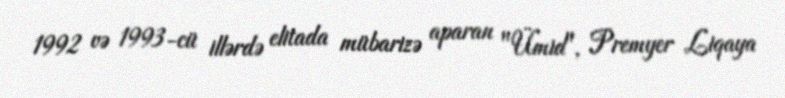
1992 və 1993-cü illərdə elitada mübarizə aparan "Ümid", Premyer Liqaya